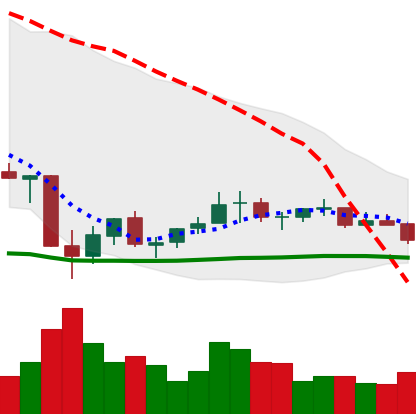
Ticker: EOS-USD
Chart end date: 2021-07-08
Forward return: 7.776%
Label: up_7plus